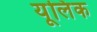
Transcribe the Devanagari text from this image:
यूलिंक